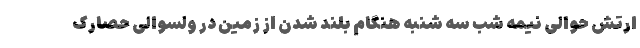
ارتش حوالی نیمه شب سه شنبه هنگام بلند شدن از زمین در ولسوالی حصارک